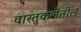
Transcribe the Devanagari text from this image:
वास्तुकलेतील